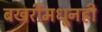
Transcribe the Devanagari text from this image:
बखरींमधूनही